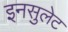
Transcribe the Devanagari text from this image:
इनसुलेट